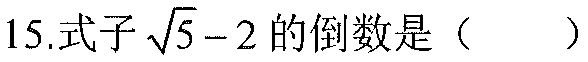
15.式子\(\sqrt{5}-2\)的倒数是（  ）